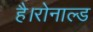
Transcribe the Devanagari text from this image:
है।रोनाल्ड